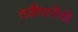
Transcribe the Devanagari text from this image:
तडीपारीची